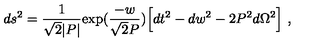
d s ^ { 2 } = { \frac { 1 } { \sqrt { 2 } | P | } } \mathrm { e x p } ( { \frac { - w } { \sqrt { 2 } P } } ) \Bigl [ d t ^ { 2 } - d w ^ { 2 } - 2 P ^ { 2 } d \Omega ^ { 2 } \Bigr ] \ ,